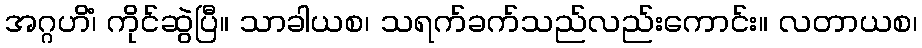
အဂ္ဂဟိံ၊ ကိုင်ဆွဲပြီ။ သာခါယစ၊ သရက်ခက်သည်လည်းကောင်း။ လတာယစ၊